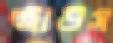
স্ট্রাউস